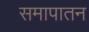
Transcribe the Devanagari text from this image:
समापातन